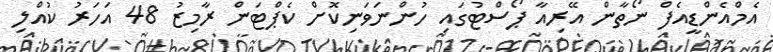
އެމްއެންޑީއެފް ނޯތާން އޭރިއާ ޕޯސްޓުގައި ހުންނަވަނިކޮށް ކެޕްޓަން ރާމިޒު 48 އަހަރު ކުއްލި